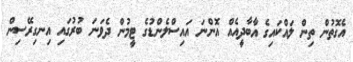
އެގޮތުން ތިން ލައްކައިގެ އާބާދީއެއް އޮންނަ އައިސްލެންޑުގެ ޓީމުން ދެވަނަ ބުރުގައި އިނގިރޭސިން